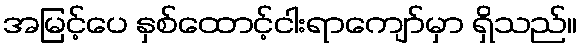
အမြင့်ပေ နှစ်ထောင့်ငါးရာကျော်မှာ ရှိသည်။